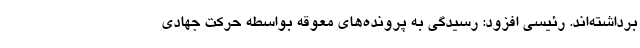
برداشته‌اند. رئیسی افزود: رسیدگی به پرونده‌های معوقه بواسطه حرکت جهادی